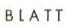
BLATT